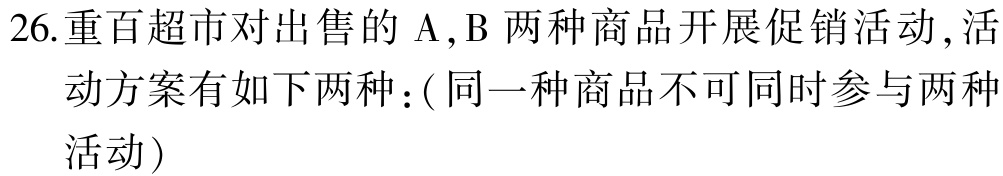
26.重百超市对出售的$\mathrm{A},\mathrm{B}$两种商品开展促销活动,活动方案有如下两种：(同一种商品不可同时参与两种活动)